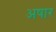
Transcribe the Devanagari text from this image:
अषार